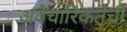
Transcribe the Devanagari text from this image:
अवैचारिकतेची